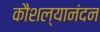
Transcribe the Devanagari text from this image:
कौशल्यानंदन